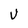
Character: V